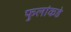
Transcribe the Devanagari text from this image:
फुलांकडे